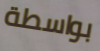
بواسطة